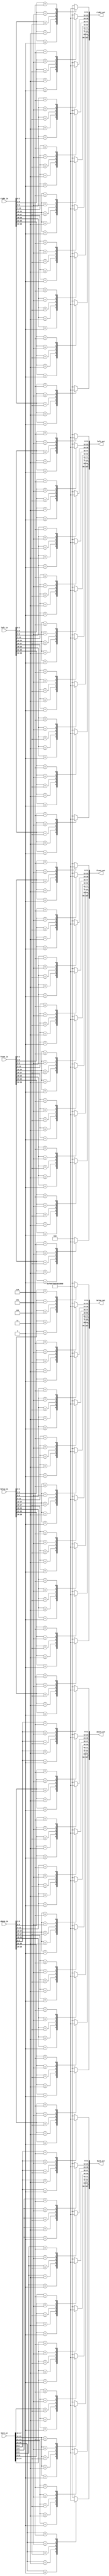
`timescale 1ns / 1ps
 /* 
    Copyright (C) 2018 Tongtong, github IdlessChaya

    This program is free software; you can redistribute it and/or modify
    it under the terms of the GNU General Public License as published by
    the Free Software Foundation; either version 2 of the License, or
    (at your option) any later version.

    This program is distributed in the hope that it will be useful,
    but WITHOUT ANY WARRANTY; without even the implied warranty of
    MERCHANTABILITY or FITNESS FOR A PARTICULAR PURPOSE.  See the
    GNU General Public License for more details.

    You should have received a copy of the GNU General Public License along
    with this program; if not, write to the Free Software Foundation, Inc.,
    51 Franklin Street, Fifth Floor, Boston, MA 02110-1301 USA.
*/


module input_trans(
input [26:0]front_in,
input [26:0]left_in,
input [26:0]right_in,
input [26:0]back_in,
input [26:0]above_in,
input [26:0]below_in,
output reg [107:0]front_out,
output reg [107:0]left_out,
output reg [107:0]right_out,
output reg [107:0]back_out,
output reg [107:0]above_out,
output reg [107:0]below_out
    );
always @*
begin
case(below_in[26:24])
        3'b001:below_out[107:96]<=12'hf00;
        3'b010:below_out[107:96]<=12'h000;
        3'b011:below_out[107:96]<=12'hff0;
        3'b100:below_out[107:96]<=12'h0f0;
        3'b101:below_out[107:96]<=12'h00f;
        3'b110:below_out[107:96]<=12'hfff;
        default:below_out[107:96]<=12'h000;
endcase
case(below_in[23:21])
        3'b001:below_out[95:84]<=12'hf00;
        3'b010:below_out[95:84]<=12'h000;
        3'b011:below_out[95:84]<=12'hff0;
        3'b100:below_out[95:84]<=12'h0f0;
        3'b101:below_out[95:84]<=12'h00f;
        3'b110:below_out[95:84]<=12'hfff;
        default:below_out[95:84]<=12'h000;
endcase
case(below_in[20:18])
        3'b001:below_out[83:72]<=12'hf00;
        3'b010:below_out[83:72]<=12'h000;
        3'b011:below_out[83:72]<=12'hff0;
        3'b100:below_out[83:72]<=12'h0f0;
        3'b101:below_out[83:72]<=12'h00f;
        3'b110:below_out[83:72]<=12'hfff;
default:below_out[83:72]<=12'h000;
endcase
case(below_in[17:15])
       3'b001:below_out[71:60]<=12'hf00;
       3'b010:below_out[71:60]<=12'h000;
       3'b011:below_out[71:60]<=12'hff0;
       3'b100:below_out[71:60]<=12'h0f0;
       3'b101:below_out[71:60]<=12'h00f;
       3'b110:below_out[71:60]<=12'hfff;
       default:below_out[71:60]<=12'h000;
endcase
case(below_in[14:12])
       3'b001:below_out[59:48]<=12'hf00;
       3'b010:below_out[59:48]<=12'h000;
       3'b011:below_out[59:48]<=12'hff0;
       3'b100:below_out[59:48]<=12'h0f0;
       3'b101:below_out[59:48]<=12'h00f;
       3'b110:below_out[59:48]<=12'hfff;
       default:below_out[59:48]<=12'h000;
endcase
case(below_in[11:9])
       3'b001:below_out[47:36]<=12'hf00;
       3'b010:below_out[47:36]<=12'h000;
       3'b011:below_out[47:36]<=12'hff0;
       3'b100:below_out[47:36]<=12'h0f0;
       3'b101:below_out[47:36]<=12'h00f;
       3'b110:below_out[47:36]<=12'hfff;
       default:below_out[47:36]<=12'h000;
endcase
case(below_in[8:6])
       3'b001:below_out[35:24]<=12'hf00;
       3'b010:below_out[35:24]<=12'h000;
       3'b011:below_out[35:24]<=12'hff0;
       3'b100:below_out[35:24]<=12'h0f0;
       3'b101:below_out[35:24]<=12'h00f;
       3'b110:below_out[35:24]<=12'hfff;
       default:below_out[35:24]<=12'h000;
endcase
case(below_in[5:3])
       3'b001:below_out[23:12]<=12'hf00;
       3'b010:below_out[23:12]<=12'h000;
       3'b011:below_out[23:12]<=12'hff0;
       3'b100:below_out[23:12]<=12'h0f0;
       3'b101:below_out[23:12]<=12'h00f;
       3'b110:below_out[23:12]<=12'hfff;
       default:below_out[23:12]<=12'h000;
endcase
case(below_in[2:0])
       3'b001:below_out[11:0]<=12'hf00;
       3'b010:below_out[11:0]<=12'h000;
       3'b011:below_out[11:0]<=12'hff0;
       3'b100:below_out[11:0]<=12'h0f0;
       3'b101:below_out[11:0]<=12'h00f;
       3'b110:below_out[11:0]<=12'hfff;
       default:below_out[11:0]<=12'h000;
endcase

case(front_in[26:24])
        3'b001:front_out[107:96]<=12'hf00;
        3'b010:front_out[107:96]<=12'h000;
        3'b011:front_out[107:96]<=12'hff0;
        3'b100:front_out[107:96]<=12'h0f0;
        3'b101:front_out[107:96]<=12'h00f;
        3'b110:front_out[107:96]<=12'hfff;
        default:front_out[107:96]<=12'h000;
endcase
case(front_in[23:21])
        3'b001:front_out[95:84]<=12'hf00;
        3'b010:front_out[95:84]<=12'h000;
        3'b011:front_out[95:84]<=12'hff0;
        3'b100:front_out[95:84]<=12'h0f0;
        3'b101:front_out[95:84]<=12'h00f;
        3'b110:front_out[95:84]<=12'hfff;
        default:front_out[95:84]<=12'h000;
endcase
case(front_in[20:18])
        3'b001:front_out[83:72]<=12'hf00;
        3'b010:front_out[83:72]<=12'h000;
        3'b011:front_out[83:72]<=12'hff0;
        3'b100:front_out[83:72]<=12'h0f0;
        3'b101:front_out[83:72]<=12'h00f;
        3'b110:front_out[83:72]<=12'hfff;
        default:front_out[83:72]<=12'h000;
endcase
case(front_in[17:15])
       3'b001:front_out[71:60]<=12'hf00;
       3'b010:front_out[71:60]<=12'h000;
       3'b011:front_out[71:60]<=12'hff0;
       3'b100:front_out[71:60]<=12'h0f0;
       3'b101:front_out[71:60]<=12'h00f;
       3'b110:front_out[71:60]<=12'hfff;
       default:front_out[71:60]<=12'h000;
endcase
case(front_in[14:12])
       3'b001:front_out[59:48]<=12'hf00;
       3'b010:front_out[59:48]<=12'h000;
       3'b011:front_out[59:48]<=12'hff0;
       3'b100:front_out[59:48]<=12'h0f0;
       3'b101:front_out[59:48]<=12'h00f;
       3'b110:front_out[59:48]<=12'hfff;
       default:front_out[59:48]<=12'h000;
endcase
case(front_in[11:9])
       3'b001:front_out[47:36]<=12'hf00;
       3'b010:front_out[47:36]<=12'h000;
       3'b011:front_out[47:36]<=12'hff0;
       3'b100:front_out[47:36]<=12'h0f0;
       3'b101:front_out[47:36]<=12'h00f;
       3'b110:front_out[47:36]<=12'hfff;
       default:front_out[47:36]<=12'h000;
endcase
case(front_in[8:6])
       3'b001:front_out[35:24]<=12'hf00;
       3'b010:front_out[35:24]<=12'h000;
       3'b011:front_out[35:24]<=12'hff0;
       3'b100:front_out[35:24]<=12'h0f0;
       3'b101:front_out[35:24]<=12'h00f;
       3'b110:front_out[35:24]<=12'hfff;
       default:front_out[35:24]<=12'h000;
endcase
case(front_in[5:3])
       3'b001:front_out[23:12]<=12'hf00;
       3'b010:front_out[23:12]<=12'h000;
       3'b011:front_out[23:12]<=12'hff0;
       3'b100:front_out[23:12]<=12'h0f0;
       3'b101:front_out[23:12]<=12'h00f;
       3'b110:front_out[23:12]<=12'hfff;
       default:front_out[23:12]<=12'h000;
endcase
case(front_in[2:0])
       3'b001:front_out[11:0]<=12'hf00;
       3'b010:front_out[11:0]<=12'h000;
       3'b011:front_out[11:0]<=12'hff0;
       3'b100:front_out[11:0]<=12'h0f0;
       3'b101:front_out[11:0]<=12'h00f;
       3'b110:front_out[11:0]<=12'hfff;
       default:front_out[11:0]<=12'h000;
endcase

case(left_in[26:24])
        3'b001:left_out[107:96]<=12'hf00;
        3'b010:left_out[107:96]<=12'h000;
        3'b011:left_out[107:96]<=12'hff0;
        3'b100:left_out[107:96]<=12'h0f0;
        3'b101:left_out[107:96]<=12'h00f;
        3'b110:left_out[107:96]<=12'hfff;
        default:left_out[107:96]<=12'h000;
endcase
case(left_in[23:21])
        3'b001:left_out[95:84]<=12'hf00;
        3'b010:left_out[95:84]<=12'h000;
        3'b011:left_out[95:84]<=12'hff0;
        3'b100:left_out[95:84]<=12'h0f0;
        3'b101:left_out[95:84]<=12'h00f;
        3'b110:left_out[95:84]<=12'hfff;
        default:left_out[95:84]<=12'h000;
endcase
case(left_in[20:18])
        3'b001:left_out[83:72]<=12'hf00;
        3'b010:left_out[83:72]<=12'h000;
        3'b011:left_out[83:72]<=12'hff0;
        3'b100:left_out[83:72]<=12'h0f0;
        3'b101:left_out[83:72]<=12'h00f;
        3'b110:left_out[83:72]<=12'hfff;
default:left_out[83:72]<=12'h000;
endcase
case(left_in[17:15])
       3'b001:left_out[71:60]<=12'hf00;
       3'b010:left_out[71:60]<=12'h000;
       3'b011:left_out[71:60]<=12'hff0;
       3'b100:left_out[71:60]<=12'h0f0;
       3'b101:left_out[71:60]<=12'h00f;
       3'b110:left_out[71:60]<=12'hfff;
       default:left_out[71:60]<=12'h000;
endcase
case(left_in[14:12])
       3'b001:left_out[59:48]<=12'hf00;
       3'b010:left_out[59:48]<=12'h000;
       3'b011:left_out[59:48]<=12'hff0;
       3'b100:left_out[59:48]<=12'h0f0;
       3'b101:left_out[59:48]<=12'h00f;
       3'b110:left_out[59:48]<=12'hfff;
       default:left_out[59:48]<=12'h000;
endcase
case(left_in[11:9])
       3'b001:left_out[47:36]<=12'hf00;
       3'b010:left_out[47:36]<=12'h000;
       3'b011:left_out[47:36]<=12'hff0;
       3'b100:left_out[47:36]<=12'h0f0;
       3'b101:left_out[47:36]<=12'h00f;
       3'b110:left_out[47:36]<=12'hfff;
       default:left_out[47:36]<=12'h000;
endcase
case(left_in[8:6])
       3'b001:left_out[35:24]<=12'hf00;
       3'b010:left_out[35:24]<=12'h000;
       3'b011:left_out[35:24]<=12'hff0;
       3'b100:left_out[35:24]<=12'h0f0;
       3'b101:left_out[35:24]<=12'h00f;
       3'b110:left_out[35:24]<=12'hfff;
       default:left_out[35:24]<=12'h000;
endcase
case(left_in[5:3])
       3'b001:left_out[23:12]<=12'hf00;
       3'b010:left_out[23:12]<=12'h000;
       3'b011:left_out[23:12]<=12'hff0;
       3'b100:left_out[23:12]<=12'h0f0;
       3'b101:left_out[23:12]<=12'h00f;
       3'b110:left_out[23:12]<=12'hfff;
       default:left_out[23:12]<=12'h000;
endcase
case(left_in[2:0])
       3'b001:left_out[11:0]<=12'hf00;
       3'b010:left_out[11:0]<=12'h000;
       3'b011:left_out[11:0]<=12'hff0;
       3'b100:left_out[11:0]<=12'h0f0;
       3'b101:left_out[11:0]<=12'h00f;
       3'b110:left_out[11:0]<=12'hfff;
       default:left_out[11:0]<=12'h000;
endcase

case(right_in[26:24])
        3'b001:right_out[107:96]<=12'hf00;
        3'b010:right_out[107:96]<=12'h000;
        3'b011:right_out[107:96]<=12'hff0;
        3'b100:right_out[107:96]<=12'h0f0;
        3'b101:right_out[107:96]<=12'h00f;
        3'b110:right_out[107:96]<=12'hfff;
        default:right_out[107:96]<=12'h000;
endcase
case(right_in[23:21])
        3'b001:right_out[95:84]<=12'hf00;
        3'b010:right_out[95:84]<=12'h000;
        3'b011:right_out[95:84]<=12'hff0;
        3'b100:right_out[95:84]<=12'h0f0;
        3'b101:right_out[95:84]<=12'h00f;
        3'b110:right_out[95:84]<=12'hfff;
        default:right_out[95:84]<=12'h000;
endcase
case(right_in[20:18])
        3'b001:right_out[83:72]<=12'hf00;
        3'b010:right_out[83:72]<=12'h000;
        3'b011:right_out[83:72]<=12'hff0;
        3'b100:right_out[83:72]<=12'h0f0;
        3'b101:right_out[83:72]<=12'h00f;
        3'b110:right_out[83:72]<=12'hfff;
default:right_out[83:72]<=12'h000;
endcase
case(right_in[17:15])
       3'b001:right_out[71:60]<=12'hf00;
       3'b010:right_out[71:60]<=12'h000;
       3'b011:right_out[71:60]<=12'hff0;
       3'b100:right_out[71:60]<=12'h0f0;
       3'b101:right_out[71:60]<=12'h00f;
       3'b110:right_out[71:60]<=12'hfff;
       default:right_out[71:60]<=12'h000;
endcase
case(right_in[14:12])
       3'b001:right_out[59:48]<=12'hf00;
       3'b010:right_out[59:48]<=12'h000;
       3'b011:right_out[59:48]<=12'hff0;
       3'b100:right_out[59:48]<=12'h0f0;
       3'b101:right_out[59:48]<=12'h00f;
       3'b110:right_out[59:48]<=12'hfff;
       default:right_out[59:48]<=12'h000;
endcase
case(right_in[11:9])
       3'b001:right_out[47:36]<=12'hf00;
       3'b010:right_out[47:36]<=12'h000;
       3'b011:right_out[47:36]<=12'hff0;
       3'b100:right_out[47:36]<=12'h0f0;
       3'b101:right_out[47:36]<=12'h00f;
       3'b110:right_out[47:36]<=12'hfff;
       default:right_out[47:36]<=12'h000;
endcase
case(right_in[8:6])
       3'b001:right_out[35:24]<=12'hf00;
       3'b010:right_out[35:24]<=12'h000;
       3'b011:right_out[35:24]<=12'hff0;
       3'b100:right_out[35:24]<=12'h0f0;
       3'b101:right_out[35:24]<=12'h00f;
       3'b110:right_out[35:24]<=12'hfff;
       default:right_out[35:24]<=12'h000;
endcase
case(right_in[5:3])
       3'b001:right_out[23:12]<=12'hf00;
       3'b010:right_out[23:12]<=12'h000;
       3'b011:right_out[23:12]<=12'hff0;
       3'b100:right_out[23:12]<=12'h0f0;
       3'b101:right_out[23:12]<=12'h00f;
       3'b110:right_out[23:12]<=12'hfff;
       default:right_out[23:12]<=12'h000;
endcase
case(right_in[2:0])
       3'b001:right_out[11:0]<=12'hf00;
       3'b010:right_out[11:0]<=12'h000;
       3'b011:right_out[11:0]<=12'hff0;
       3'b100:right_out[11:0]<=12'h0f0;
       3'b101:right_out[11:0]<=12'h00f;
       3'b110:right_out[11:0]<=12'hfff;
       default:right_out[11:0]<=12'h000;
endcase

case(back_in[26:24])
        3'b001:back_out[107:96]<=12'hf00;
        3'b010:back_out[107:96]<=12'h000;
        3'b011:back_out[107:96]<=12'hff0;
        3'b100:back_out[107:96]<=12'h0f0;
        3'b101:back_out[107:96]<=12'h00f;
        3'b110:back_out[107:96]<=12'hfff;
        default:back_out[107:96]<=12'h000;
endcase
case(back_in[23:21])
        3'b001:back_out[95:84]<=12'hf00;
        3'b010:back_out[95:84]<=12'h000;
        3'b011:back_out[95:84]<=12'hff0;
        3'b100:back_out[95:84]<=12'h0f0;
        3'b101:back_out[95:84]<=12'h00f;
        3'b110:back_out[95:84]<=12'hfff;
        default:back_out[95:84]<=12'h000;
endcase
case(back_in[20:18])
        3'b001:back_out[83:72]<=12'hf00;
        3'b010:back_out[83:72]<=12'h000;
        3'b011:back_out[83:72]<=12'hff0;
        3'b100:back_out[83:72]<=12'h0f0;
        3'b101:back_out[83:72]<=12'h00f;
        3'b110:back_out[83:72]<=12'hfff;
default:back_out[83:72]<=12'h000;
endcase
case(back_in[17:15])
       3'b001:back_out[71:60]<=12'hf00;
       3'b010:back_out[71:60]<=12'h000;
       3'b011:back_out[71:60]<=12'hff0;
       3'b100:back_out[71:60]<=12'h0f0;
       3'b101:back_out[71:60]<=12'h00f;
       3'b110:back_out[71:60]<=12'hfff;
       default:back_out[71:60]<=12'h000;
endcase
case(back_in[14:12])
       3'b001:back_out[59:48]<=12'hf00;
       3'b010:back_out[59:48]<=12'h000;
       3'b011:back_out[59:48]<=12'hff0;
       3'b100:back_out[59:48]<=12'h0f0;
       3'b101:back_out[59:48]<=12'h00f;
       3'b110:back_out[59:48]<=12'hfff;
       default:back_out[59:48]<=12'h000;
endcase
case(back_in[11:9])
       3'b001:back_out[47:36]<=12'hf00;
       3'b010:back_out[47:36]<=12'h000;
       3'b011:back_out[47:36]<=12'hff0;
       3'b100:back_out[47:36]<=12'h0f0;
       3'b101:back_out[47:36]<=12'h00f;
       3'b110:back_out[47:36]<=12'hfff;
       default:back_out[47:36]<=12'h000;
endcase
case(back_in[8:6])
       3'b001:back_out[35:24]<=12'hf00;
       3'b010:back_out[35:24]<=12'h000;
       3'b011:back_out[35:24]<=12'hff0;
       3'b100:back_out[35:24]<=12'h0f0;
       3'b101:back_out[35:24]<=12'h00f;
       3'b110:back_out[35:24]<=12'hfff;
       default:back_out[35:24]<=12'h000;
endcase
case(back_in[5:3])
       3'b001:back_out[23:12]<=12'hf00;
       3'b010:back_out[23:12]<=12'h000;
       3'b011:back_out[23:12]<=12'hff0;
       3'b100:back_out[23:12]<=12'h0f0;
       3'b101:back_out[23:12]<=12'h00f;
       3'b110:back_out[23:12]<=12'hfff;
       default:back_out[23:12]<=12'h000;
endcase
case(back_in[2:0])
       3'b001:back_out[11:0]<=12'hf00;
       3'b010:back_out[11:0]<=12'h000;
       3'b011:back_out[11:0]<=12'hff0;
       3'b100:back_out[11:0]<=12'h0f0;
       3'b101:back_out[11:0]<=12'h00f;
       3'b110:back_out[11:0]<=12'hfff;
       default:back_out[11:0]<=12'h000;
endcase

case(above_in[26:24])
        3'b001:above_out[107:96]<=12'hf00;
        3'b010:above_out[107:96]<=12'h000;
        3'b011:above_out[107:96]<=12'hff0;
        3'b100:above_out[107:96]<=12'h0f0;
        3'b101:above_out[107:96]<=12'h00f;
        3'b110:above_out[107:96]<=12'hfff;
        default:above_out[107:96]<=12'h000;
endcase
case(above_in[23:21])
        3'b001:above_out[95:84]<=12'hf00;
        3'b010:above_out[95:84]<=12'h000;
        3'b011:above_out[95:84]<=12'hff0;
        3'b100:above_out[95:84]<=12'h0f0;
        3'b101:above_out[95:84]<=12'h00f;
        3'b110:above_out[95:84]<=12'hfff;
        default:above_out[95:84]<=12'h000;
endcase
case(above_in[20:18])
        3'b001:above_out[83:72]<=12'hf00;
        3'b010:above_out[83:72]<=12'h000;
        3'b011:above_out[83:72]<=12'hff0;
        3'b100:above_out[83:72]<=12'h0f0;
        3'b101:above_out[83:72]<=12'h00f;
        3'b110:above_out[83:72]<=12'hfff;
default:above_out[83:72]<=12'h000;
endcase
case(above_in[17:15])
       3'b001:above_out[71:60]<=12'hf00;
       3'b010:above_out[71:60]<=12'h000;
       3'b011:above_out[71:60]<=12'hff0;
       3'b100:above_out[71:60]<=12'h0f0;
       3'b101:above_out[71:60]<=12'h00f;
       3'b110:above_out[71:60]<=12'hfff;
       default:above_out[71:60]<=12'h000;
endcase
case(above_in[14:12])
       3'b001:above_out[59:48]<=12'hf00;
       3'b010:above_out[59:48]<=12'h000;
       3'b011:above_out[59:48]<=12'hff0;
       3'b100:above_out[59:48]<=12'h0f0;
       3'b101:above_out[59:48]<=12'h00f;
       3'b110:above_out[59:48]<=12'hfff;
       default:above_out[59:48]<=12'h000;
endcase
case(above_in[11:9])
       3'b001:above_out[47:36]<=12'hf00;
       3'b010:above_out[47:36]<=12'h000;
       3'b011:above_out[47:36]<=12'hff0;
       3'b100:above_out[47:36]<=12'h0f0;
       3'b101:above_out[47:36]<=12'h00f;
       3'b110:above_out[47:36]<=12'hfff;
       default:above_out[47:36]<=12'h000;
endcase
case(above_in[8:6])
       3'b001:above_out[35:24]<=12'hf00;
       3'b010:above_out[35:24]<=12'h000;
       3'b011:above_out[35:24]<=12'hff0;
       3'b100:above_out[35:24]<=12'h0f0;
       3'b101:above_out[35:24]<=12'h00f;
       3'b110:above_out[35:24]<=12'hfff;
       default:above_out[35:24]<=12'h000;
endcase
case(above_in[5:3])
       3'b001:above_out[23:12]<=12'hf00;
       3'b010:above_out[23:12]<=12'h000;
       3'b011:above_out[23:12]<=12'hff0;
       3'b100:above_out[23:12]<=12'h0f0;
       3'b101:above_out[23:12]<=12'h00f;
       3'b110:above_out[23:12]<=12'hfff;
       default:above_out[23:12]<=12'h000;
endcase
case(above_in[2:0])
       3'b001:above_out[11:0]<=12'hf00;
       3'b010:above_out[11:0]<=12'h000;
       3'b011:above_out[11:0]<=12'hff0;
       3'b100:above_out[11:0]<=12'h0f0;
       3'b101:above_out[11:0]<=12'h00f;
       3'b110:above_out[11:0]<=12'hfff;
       default:above_out[11:0]<=12'h000;
endcase

end   
endmodule